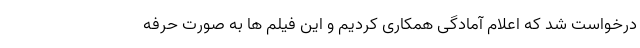
درخواست شد که اعلام آمادگی همکاری کردیم و این فیلم ها به صورت حرفه